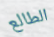
الطالع